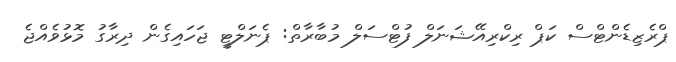
ޕްރެޒިޑެންޓްސް ކަޕް ރިކްރިއޭޝަނަލް ފުޓްސަލް މުބާރާތް: ޕެނަލްޓީ ޖަހައިގެން ދިރާގު މޮޅުވެއްޖެ